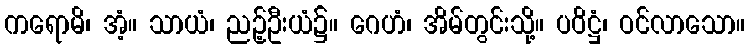
ကရောမိ၊ အံ့။ သာယံ၊ ညဉ့်ဦးယံ၌။ ဂေဟံ၊ အိမ်တွင်းသို့။ ပဝိဋ္ဌံ၊ ဝင်လာသော။